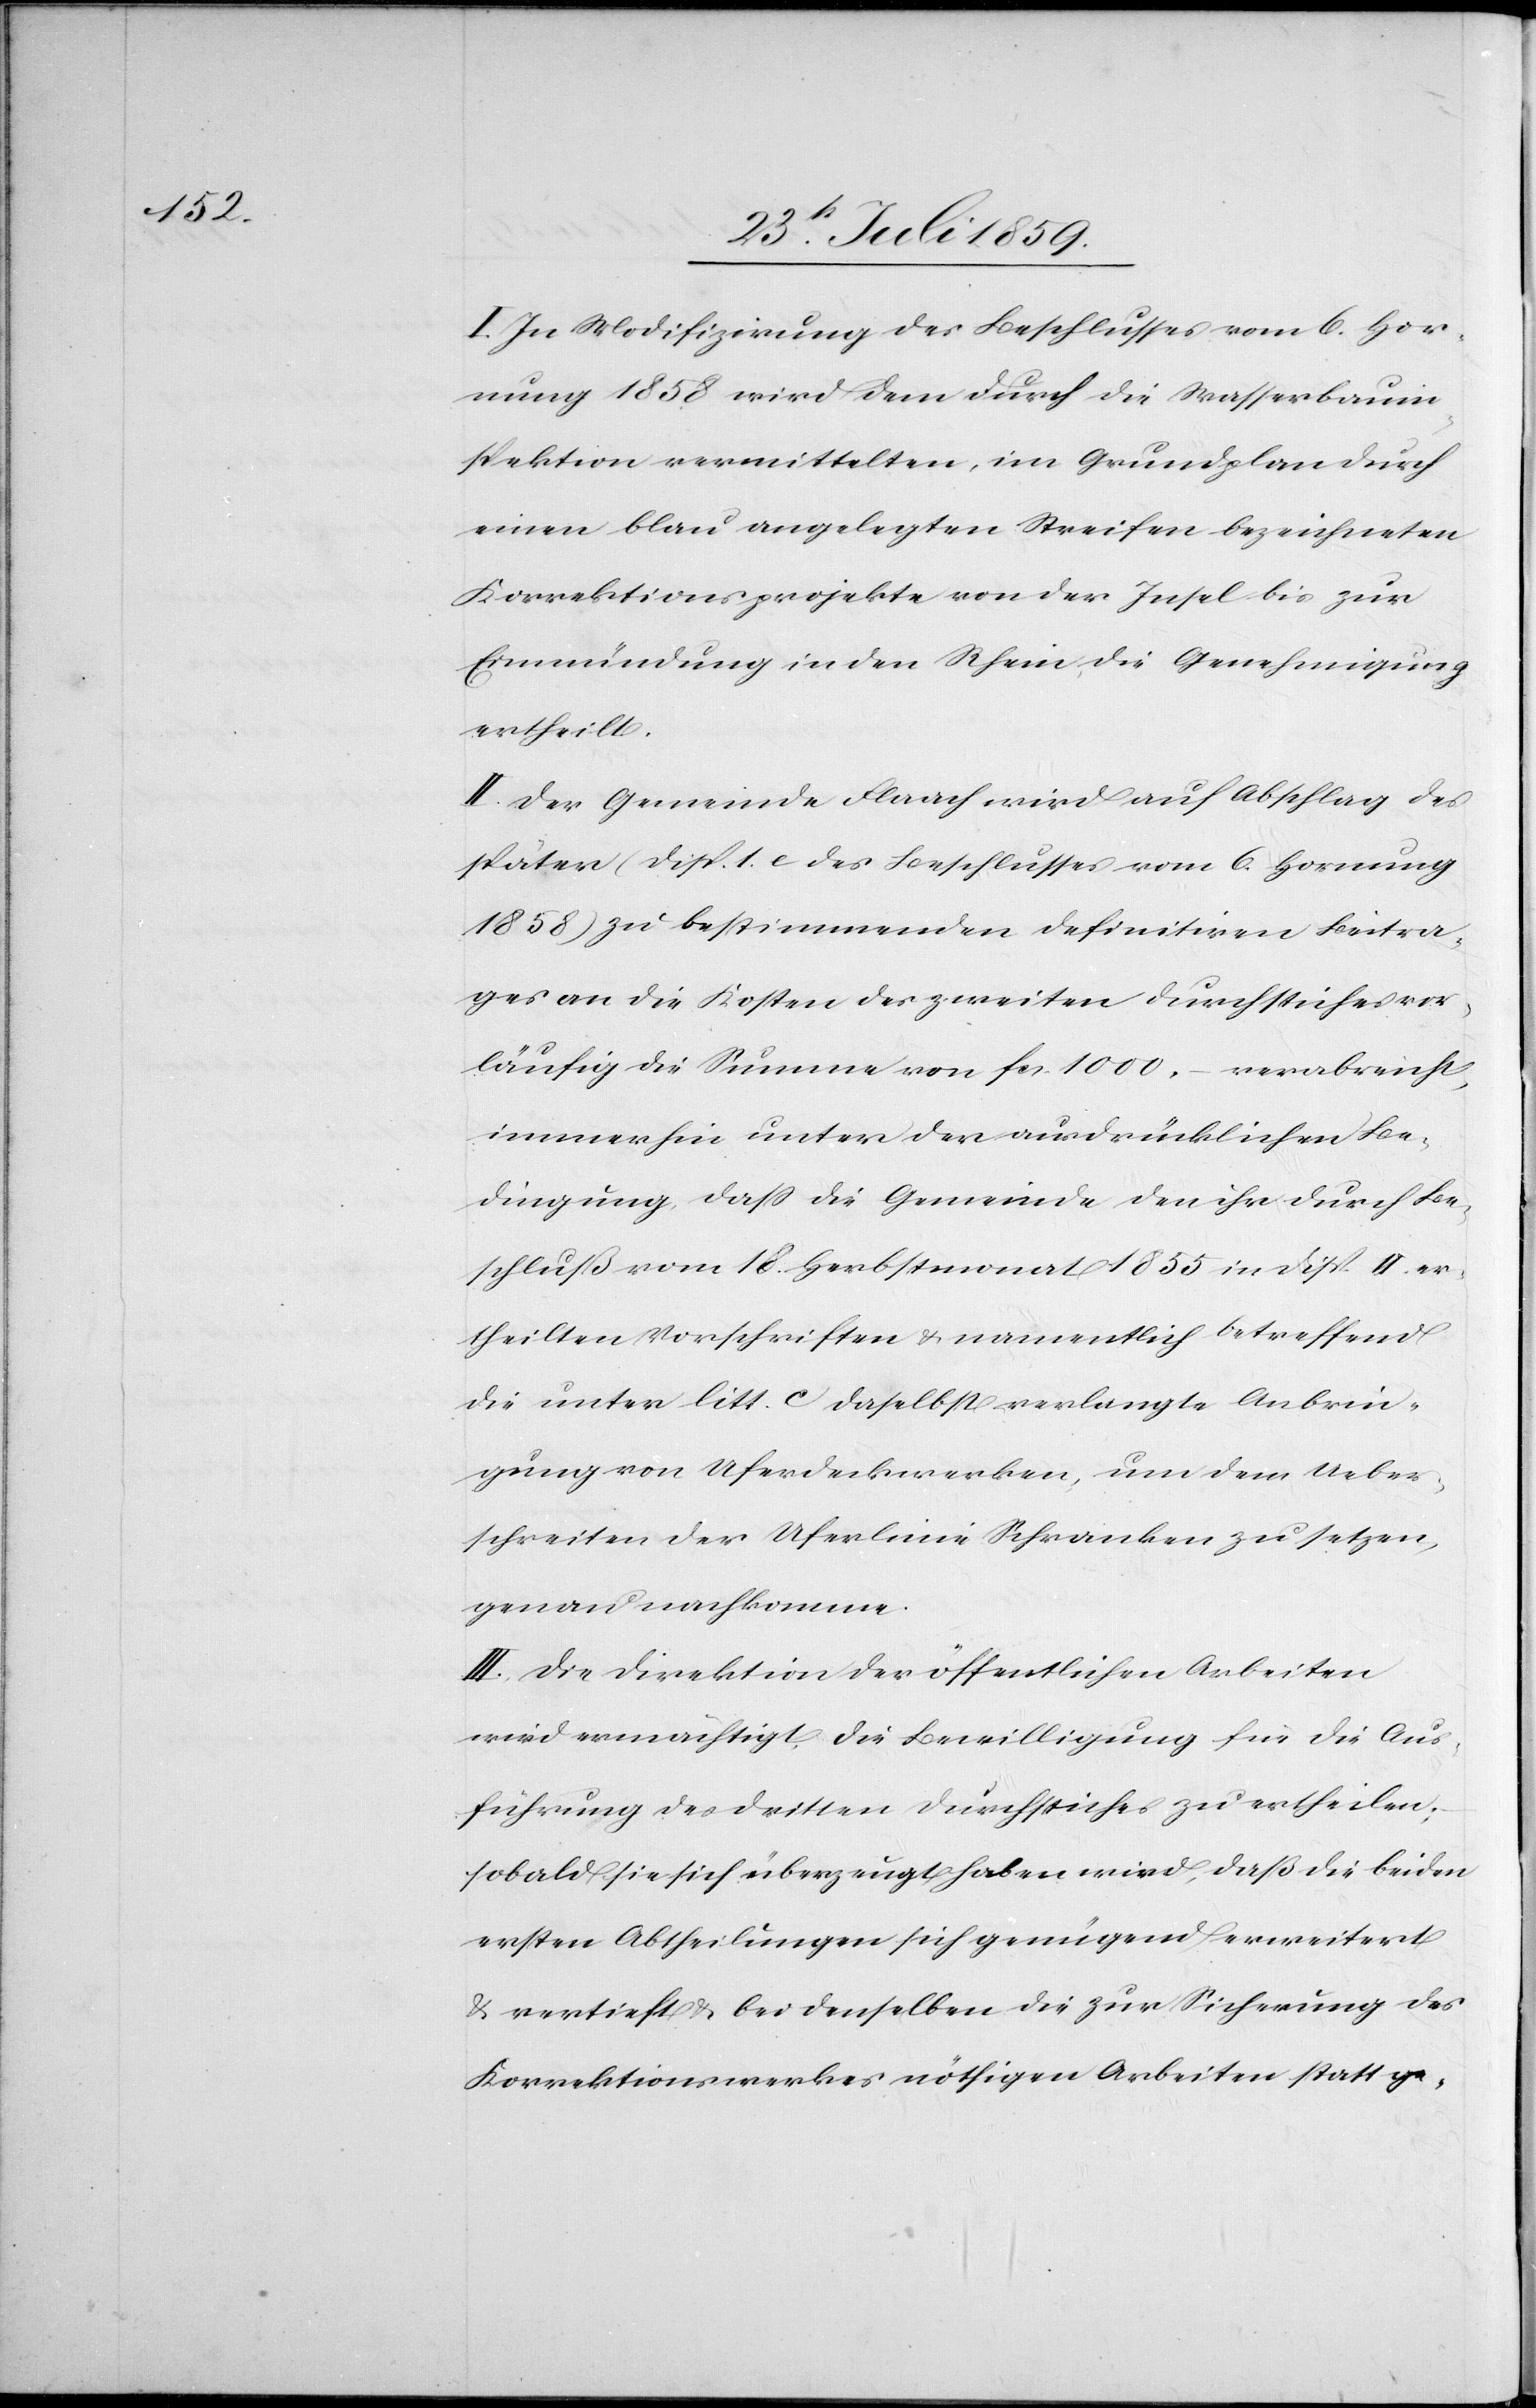
I. In Modifizirung des Beschlusses vom 6. Hor¬
nung 1858 wird dem durch die Wasserbauin¬
spektion vermittelten, im Grundplan durch
einen blau angelegten Streifen bezeichneten
Korrektionsprojekte von der Insel bis zur
Einmündung in den Rhein die Genehmigung
ertheilt.
II. Der Gemeinde Flaach wird auf Abschlag des
später (Disp. 1. c. des Beschlusses vom 6. Hornung
1858) zu bestimmenden definitiven Beitra¬
ges an die Kosten des zweiten Durchstiches vor¬
läufig die Summe von fcs. 1000.– verabreicht,
immerhin unter der ausdrücklichen Be¬
dingung, daß die Gemeinde den ihr durch Be¬
schluß vom 18. Herbstmonat 1855 in Disp. II. er¬
theilten Vorschriften u. namentlich betreffend
die unter litt. c daselbst verlangte Anbrin¬
gung von Uferdeckwerken, um dem Ueber¬
schreiten der Uferlinie Schranken zu setzen,
genau nachkomme.
III. Die Direktion der öffentlichen Arbeiten
wird ermächtigt, die Bewilligung für die Aus¬
führung des dritten Durchstiches zur ertheilen;
sobald sie sich überzeugt haben wird, daß die beiden
ersten Abtheilungen sich genügend erweitert
u. vertieft u. bei denselben die zur Sicherung des
Korrektionswerkes nöthigen Arbeiten statt ge-